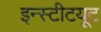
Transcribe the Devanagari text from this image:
इन्‍स्‍टीटयूट